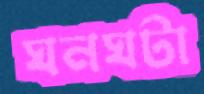
ঘনঘটা